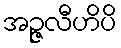
အဉ္ဇလီဟိပိ